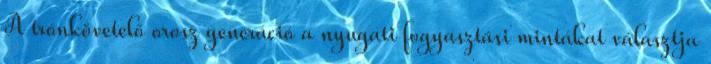
A trónkövetelő orosz generáció a nyugati fogyasztási mintákat választja